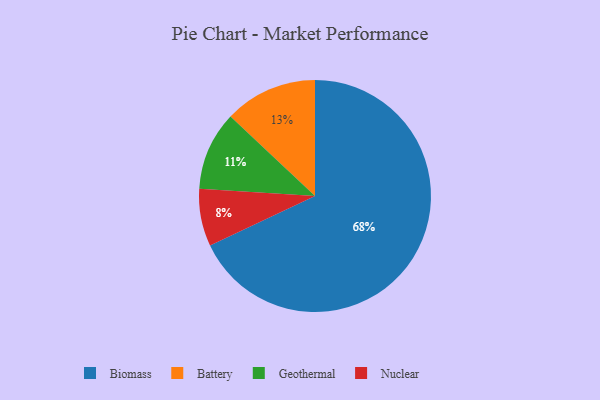
{"axis": {"x": "Category", "y": "Percentage"}, "legend": ["Battery", "Biomass", "Geothermal", "Nuclear"], "data": [{"x": "Battery", "y": 13, "type": "Battery"}, {"x": "Nuclear", "y": 8, "type": "Nuclear"}, {"x": "Geothermal", "y": 11, "type": "Geothermal"}, {"x": "Biomass", "y": 68, "type": "Biomass"}]}